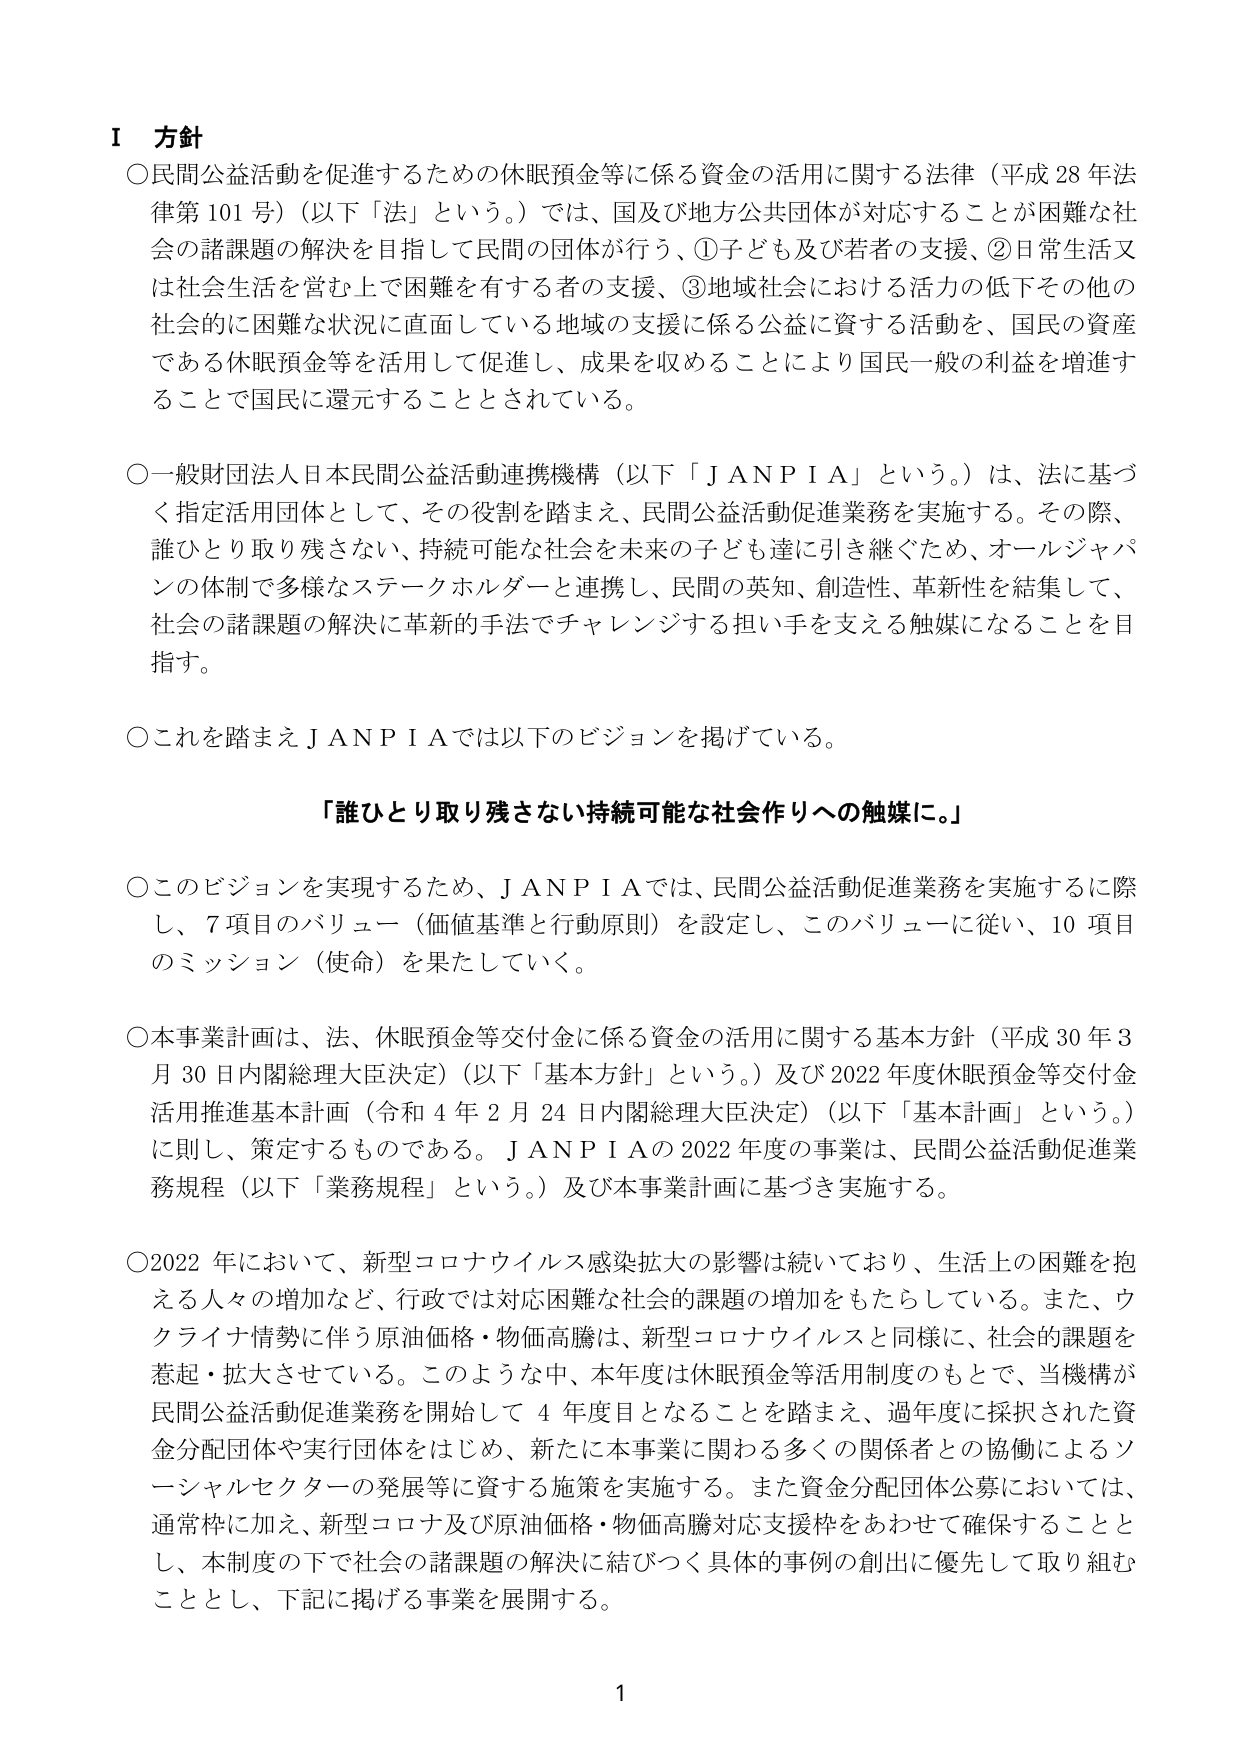
Ⅰ 方針
○民間公益活動を促進するための休眠預金等に係る資金の活用に関する法律（平成28年法律第101号）（以下「法」という。）では、国及び地方公共団体が対応することが困難な社会の諸課題の解決を目指して民間の団体が行う、①子ども及び若者の支援、②日常生活又は社会生活を営む上で困難を有する者の支援、③地域社会における活力の低下その他の社会的に困難な状況に直面している地域の支援に係る公益に資する活動を、国民の資産である休眠預金等を活用して促進し、成果を収めることにより国民一般の利益を増進することで国民に還元することとされている。

○一般財団法人日本民間公益活動連携機構（以下「ＪＡＮＰＩＡ」という。）は、法に基づく指定活用団体として、その役割を踏まえ、民間公益活動促進業務を実施する。その際、誰ひとり取り残さない、持続可能な社会を未来の子ども達に引き継ぐため、オールジャパンの体制で多様なステークホルダーと連携し、民間の英知、創造性、革新性を結集して、社会の諸課題の解決に革新的手法でチャレンジする担い手を支える触媒になることを目指す。

○これを踏まえＪＡＮＰＩＡでは以下のビジョンを掲げている。

「誰ひとり取り残さない持続可能な社会作りへの触媒に。」

○このビジョンを実現するため、ＪＡＮＰＩＡでは、民間公益活動促進業務を実施するに際し、7項目のバリュー（価値基準と行動原則）を設定し、このバリューに従い、10項目のミッション（使命）を果たしていく。

○本事業計画は、法、休眠預金等交付金に係る資金の活用に関する基本方針（平成30年3月30日内閣総理大臣決定）（以下「基本方針」という。）及び2022年度休眠預金等交付金活用推進基本計画（令和4年2月24日内閣総理大臣決定）（以下「基本計画」という。）に則し、策定するものである。ＪＡＮＰＩＡの2022年度の事業は、民間公益活動促進業務規程（以下「業務規程」という。）及び本事業計画に基づき実施する。

○2022年において、新型コロナウイルス感染拡大の影響は続いており、生活上の困難を抱える人々の増加など、行政では対応困難な社会的課題の増加をもたらしている。また、ウクライナ情勢に伴う原油価格・物価高騰は、新型コロナウイルスと同様に、社会的課題を惹起・拡大させている。このような中、本年度は休眠預金等活用制度のもとで、当機構が民間公益活動促進業務を開始して4年度目となることを踏まえ、過年度に採択された資金分配団体や実行団体をはじめ、新たに本事業に関わる多くの関係者との協働によるソーシャルセクターの発展等に資する施策を実施する。また資金分配団体公募においては、通常枠に加え、新型コロナ及び原油価格・物価高騰対応支援枠をあわせて確保することとし、本制度の下で社会の諸課題の解決に結びつく具体的事例の創出に優先して取り組むこととし、下記に掲げる事業を展開する。

1